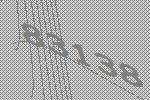
83138